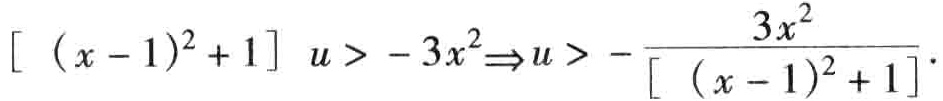
\[[\ (x - 1)^2 + 1]\ u > - 3x^2\Rightarrow u > -\frac{3x^2}{[\ (x - 1)^2 + 1]}.\]